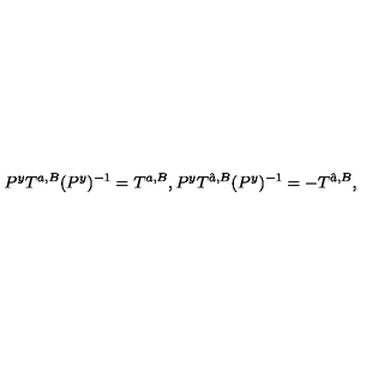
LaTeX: P ^ { y } T ^ { a , B } ( P ^ { y } ) ^ { - 1 } = T ^ { a , B } , P ^ { y } T ^ { \hat { a } , B } ( P ^ { y } ) ^ { - 1 } = - T ^ { \hat { a } , B } , \,